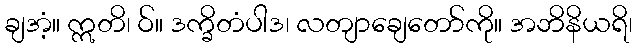
ချအံ့။ ဣတိ၊ ဝ်။ ဒက္ခိတံပါဒ၊ လတျာချေတော်ကို။ အဘိနိယရိ၊